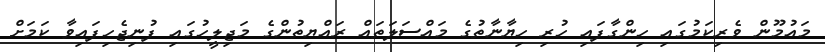
މައުމޫން ވެރިކަމުގައި ހިންގާފައި ހުރި ހިޔާނާތުގެ މައްސަލަތައް ރައްޔިތުންގެ މަޖިލީހުގައި ފުނިޖެހިފައިވާ ކަމަށް